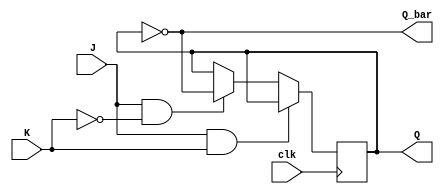
module JK_flipflop (
    input J, // J input
    input K, // K input
    input clk, // Clock input
    output reg Q, // Q output
    output reg Q_bar // Q' output
);

always @(posedge clk) begin
    if (J && K) begin
        // No change in state
    end else if (J && !K) begin
        Q <= ~Q; // Toggle state
    end else if (!J && K) begin
        Q <= Q; // Hold state
    end else begin
        // No change in state
    end
end

assign Q_bar = ~Q; // Complementary output

endmodule